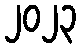
၂၀၂၃